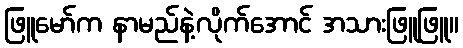
ဖြူမော်က နာမည်နဲ့လိုက်အောင် အသားဖြူဖြူ။